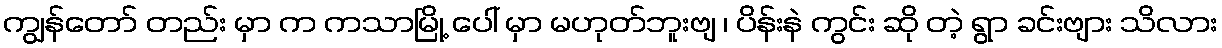
ကျွန်တော် တည်း မှာ က ကသာမြို့ ပေါ် မှာ မဟုတ်ဘူးဗျ ၊ ပိန်းနဲ ကွင်း ဆို တဲ့ ရွာ ခင်းဗျား သိလား